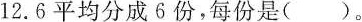
12.6平均分成6份，每份是()。